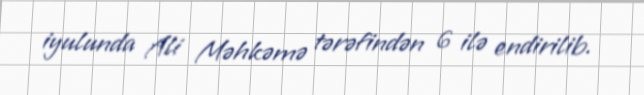
iyulunda Ali Məhkəmə tərəfindən 6 ilə endirilib.